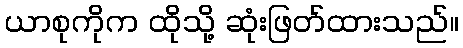
ယာစုကိုက ထိုသို့ ဆုံးဖြတ်ထားသည်။